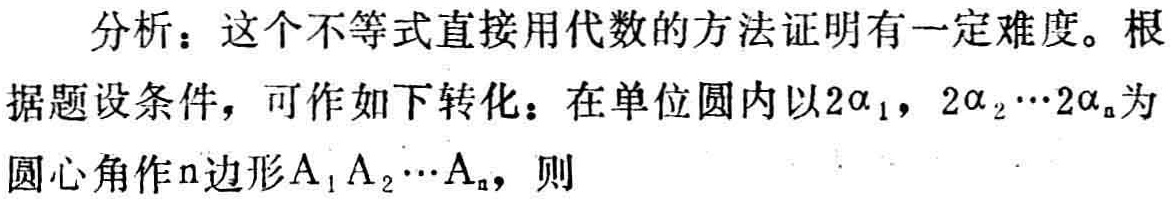
分析：这个不等式直接用代数的方法证明有一定难度。根据题设条件，可作如下转化：在单位圆内以\(2\alpha_{1},2\alpha_{2}\cdots2\alpha_{n}\)为圆心角作\(n\)边形\(A_{1}A_{2}\cdots A_{n}\)，则